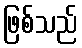
ဖြစ်သည်